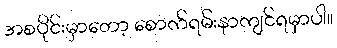
အစပိုင်းမှာတော့ စောက်ရမ်းနာကျင်ရမှာပါ။